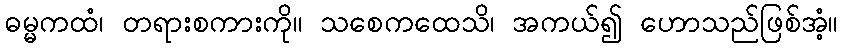
ဓမ္မကထံ၊ တရားစကားကို။ သစေကထေသိ၊ အကယ်၍ ဟောသည်ဖြစ်အံ့။